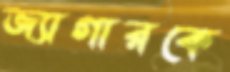
জ্যাগারকে